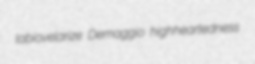
labiovelarize Demaggio highheartedness